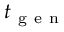
t _ { \mathrm { ~ g ~ e ~ n ~ } }